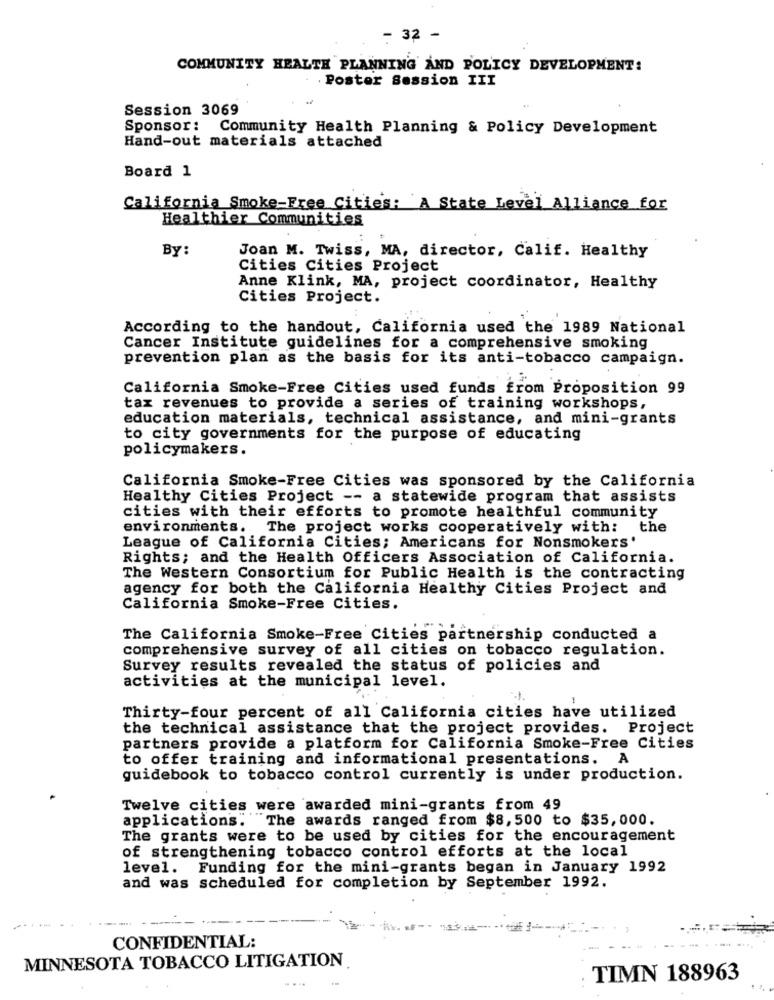
- 3,2 -
COMMUNITY HEALTH PLANNING AND POLICY DEVELOPMENT:
.Poster Session III
Session 3069
Sponsor: Community Health Planning & Policy Development
Hand-out materials attached
Board 1
California Smoke-Free Cities: A State Level Alliance for
Healthier Communities
By:
Joan M. Twiss, MA, director, Calif. Healthy
Cities Cities Project
Anne Klink, MA, project coordinator, Healthy
Cities Project.
According to the handout, California used the 1989 National
Cancer Institute guidelines for a comprehensive smoking
prevention plan as the basis for its anti-tobacco campaign.
California Smoke-Free Cities used funds from Proposition 99
tax revenues to provide a series of training workshops,
education materials, technical assistance, and mini-grants
to city governments for the purpose of educating
policymakers.
California Smoke-Free Cities was sponsored by the California
Healthy Cities Project -- a statewide program that assists
cities with their efforts to promote healthful community
environments. The project works cooperatively with: the
League of California Cities; Americans for Nonsmokers'
Rights; and the Health Officers Association of California.
The Western Consortium for Public Health is the contracting
agency for both the California Healthy Cities Project and
California Smoke-Free Cities.
The California Smoke-Free Cities partnership conducted a
comprehensive survey of all cities on tobacco regulation.
Survey results revealed the status of policies and
activities at the municipal level.
Thirty-four percent of all California cities have utilized
the technical assistance that the project provides. Project
partners provide a platform for California Smoke-Free Cities
to offer training and informational presentations. A
guidebook to tobacco control currently is under production.
Twelve cities were awarded mini-grants from 49
applications. The awards ranged from $8,500 to $35,000.
The grants were to be used by cities for the encouragement
of strengthening tobacco control efforts at the local
level. Funding for the mini-grants began in January 1992
and was scheduled for completion by September 1992.
CONFIDENTIAL:
MINNESOTA TOBACCO LITIGATION
TIMN 188963